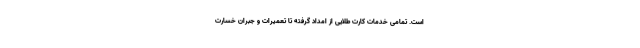
است. تمامی خدمات کارت طلایی از امداد گرفته تا تعمیرات و جبران خسارت